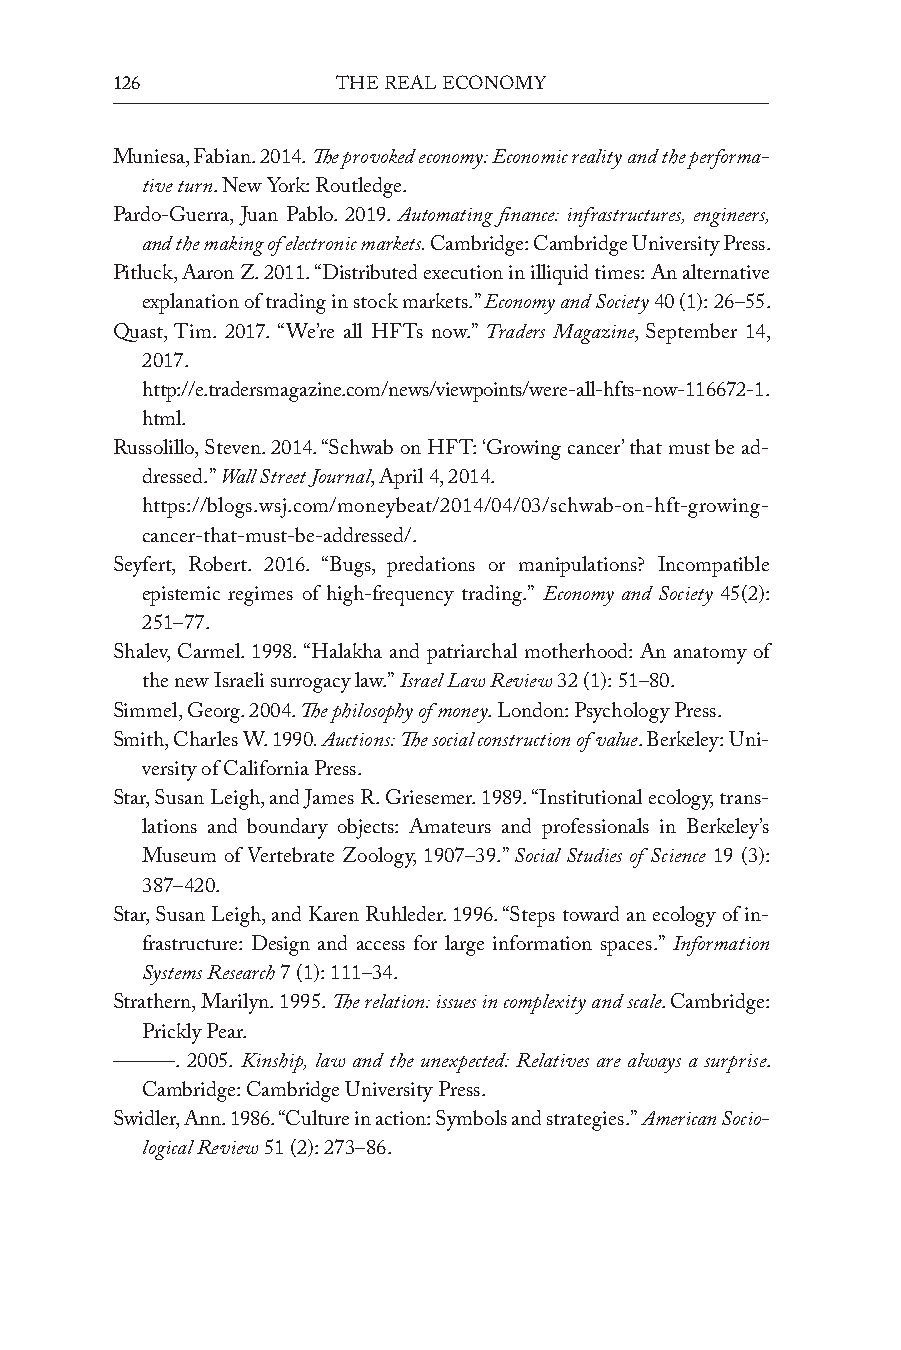
126            The Real economy
 Muniesa, Fabian. 2014. The provoked economy: Economic reality and the performa-
 tive turn. new York: Routledge.
 Pardo-Guerra, Juan Pablo. 2019. Automating finance: infrastructures, engineers,
 and the making of electronic markets. Cambridge: Cambridge University Press.
 Pitluck, Aaron z. 2011. “distributed execution in illiquid times: An alternative
 explanation of trading in stock markets.” Economy and Society 40 (1): 26–55.
 Quast, Tim. 2017. “We’re all HFTs now.” Traders Magazine, September 14,
 2017.
 http://e.tradersmagazine.com/news/viewpoints/were-all-hfts-now-116672-1.
 html.
 Russolillo, Steven. 2014. “Schwab on HFT: ‘Growing cancer’ that must be ad-
 dressed.” Wall Street Journal, April 4, 2014.
 https://blogs.wsj.com/moneybeat/2014/04/03/schwab-on-hft-growing-
 cancer-that-must-be-addressed/.
 Seyfert, Robert. 2016. “Bugs, predations or manipulations? Incompatible
 epistemic regimes of high-frequency trading.” Economy and Society 45(2):
 251–77.
 Shalev, Carmel. 1998. “Halakha and patriarchal motherhood: An anatomy of
 the new Israeli surrogacy law.” Israel Law Review 32 (1): 51–80.
 Simmel, Georg. 2004. The philosophy of money. London: Psychology Press.
 Smith, Charles W. 1990. Auctions: The social construction of value. Berkeley: Uni-
 versity of California Press.
 Star, Susan Leigh, and James R. Griesemer. 1989. “Institutional ecology, trans-
 lations and boundary objects: Amateurs and professionals in Berkeley’s
 Museum of Vertebrate zoology, 1907–39.” Social Studies of Science 19 (3):
 387–420.
 Star, Susan Leigh, and Karen Ruhleder. 1996. “Steps toward an ecology of in-
 frastructure: design and access for large information spaces.” Information
 Systems Research 7 (1): 111–34.
 Strathern, Marilyn. 1995. The relation: issues in complexity and scale. Cambridge:
 Prickly Pear.
 ———. 2005. Kinship, law and the unexpected: Relatives are always a surprise.
 Cambridge: Cambridge University Press.
 Swidler, Ann. 1986. “Culture in action: Symbols and strategies.” American Socio-
 logical Review 51 (2): 273–86.